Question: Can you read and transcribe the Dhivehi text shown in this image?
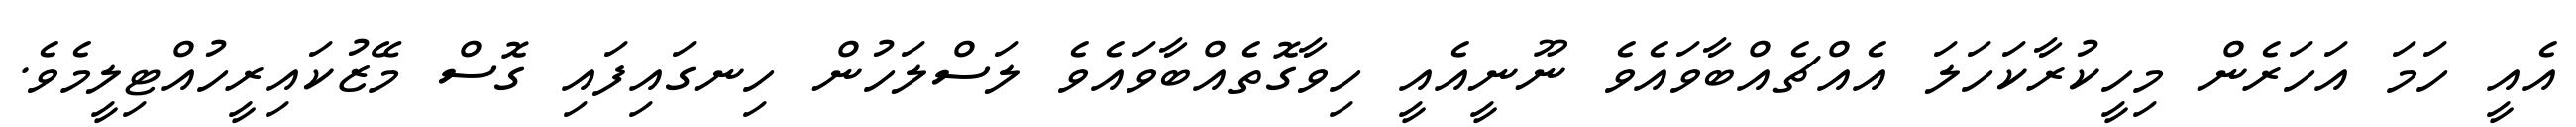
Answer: އެއީ ހަމަ އަހަރެން މިހީކުރާކަހަލަ އެއްޗެއްބާވައެވެ ނޫނީއެއީ ހިވާގޮތެއްބާވައެވެ ލަސްލަހުން ހިނގައިފައި ގޮސް މޭޒުކައިރީހުއްޓިލީމެވެ.